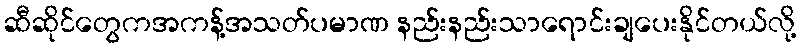
ဆီဆိုင်တွေကအကန့်အသတ်ပမာဏ နည်းနည်းသာရောင်းချပေးနိုင်တယ်လို့